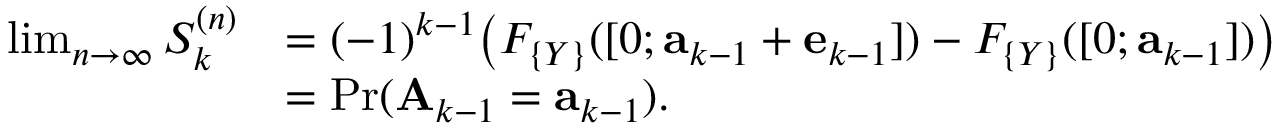
\begin{array} { r l } { \operatorname* { l i m } _ { n \to \infty } S _ { k } ^ { ( n ) } } & { = ( - 1 ) ^ { k - 1 } \big ( F _ { \{ Y \} } ( [ 0 ; \mathbf { a } _ { k - 1 } + \mathbf { e } _ { k - 1 } ] ) - F _ { \{ Y \} } ( [ 0 ; \mathbf { a } _ { k - 1 } ] ) \big ) } \\ & { = \operatorname* { P r } ( \mathbf { A } _ { k - 1 } = \mathbf { a } _ { k - 1 } ) . } \end{array}